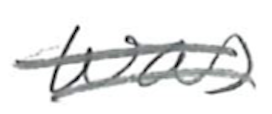
Text: was
Cross-out: double-line
Writing tool: pencil